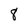
Character: 8